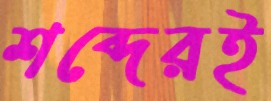
শব্দেরই